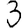
Digit: 3